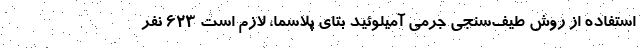
استفاده از روش طیف‌سنجی جرمی آمیلوئید بتای پلاسما، لازم است ۶۲۳ نفر